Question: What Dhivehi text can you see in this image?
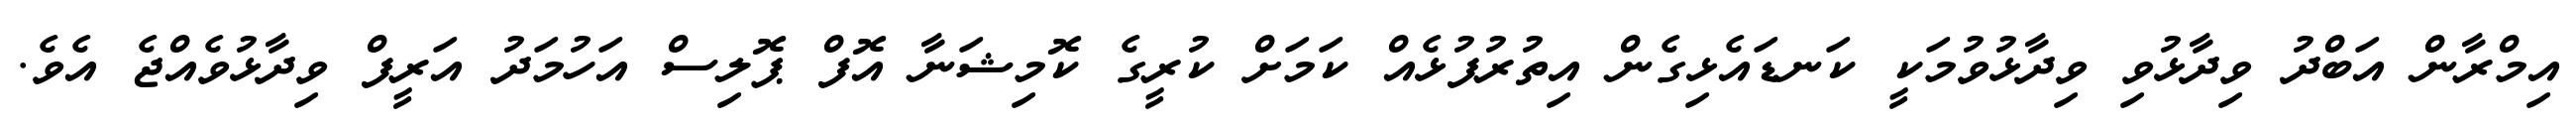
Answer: އިމްރާން އަބްދު ވިދާޅުވި ވިދާޅުވުމަކީ ކަނޑައެޅިގެން އިތުރުފުޅެއް ކަމަށް ކުރީގެ ކޮމިޝަނާ އޮފް ޕޮލިސް އަހުމަދު އަރީފް ވިދާޅުވެއްޖެ އެވެ.